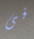
فى